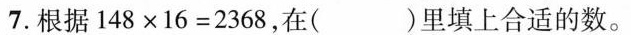
7.根据$$148×16=2368$$，在( )里填上合适的数。